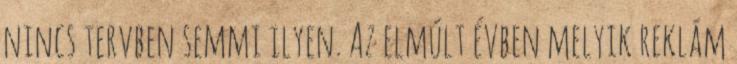
nincs tervben semmi ilyen. Az elmúlt évben melyik reklám